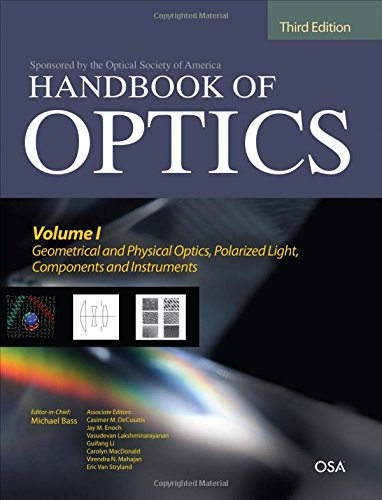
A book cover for Handbook of Optics, Third Edition Volume I: Geometrical and Physical Optics, Polarized Light, Components and Instruments(set); Michael Bass; Science & Math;